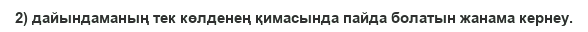
2) дайындаманың тек көлденең қимасында пайда болатын жанама кернеу.